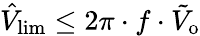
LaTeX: \hat{V}_{\mathrm{lim}}\leq 2\pi\cdot f\cdot\tilde{V}_{\mathrm{o}}